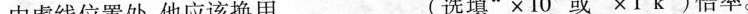
中虚线位置处，他应该换用___(选填”×10”或”×1k”)倍率